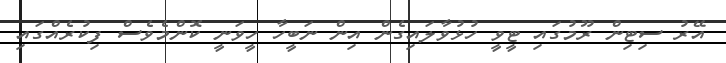
އޭރު ސިޓިން ރޫމުގައި ޓީވީ ހުޅުވާލައިގެން އިން ނަބީހާ ހީވަނީ ކޮންމެވެސް ފިކުރެއްގައި